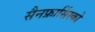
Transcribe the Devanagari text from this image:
सैनफ्रासिंस्को